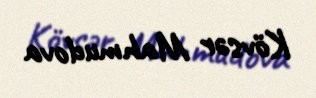
Kövsər Mahmudova